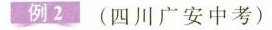
例2 (四川广安中考)